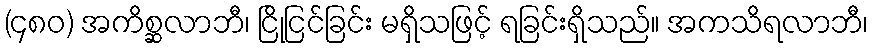
(၄၈၀) အကိစ္ဆလာဘီ၊ ငြိုငြင်ခြင်း မရှိသဖြင့် ရခြင်းရှိသည်။ အကသိရလာဘီ၊